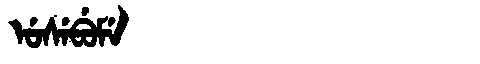
Manchu: ᡠᠰᡝᠪᡠᠮᡝ
Romanization: USEBUME